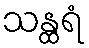
သန္ထရံ